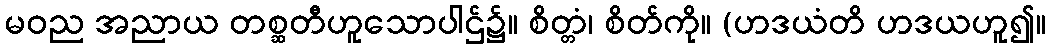
မဝည အညာယ တစ္ဆတီဟူသောပါဌ်၌။ စိတ္တံ၊ စိတ်ကို။ (ဟဒယံတိ ဟဒယဟူ၍။